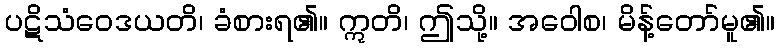
ပဋိသံဝေဒယတိ၊ ခံစားရ၏။ ဣတိ၊ ဤသို့။ အဝေါစ၊ မိန့်တော်မူ၏။